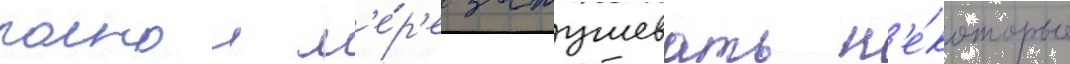
полнои м'е́р'е затушевать н'е́которые